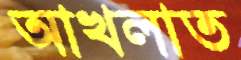
আখলাত